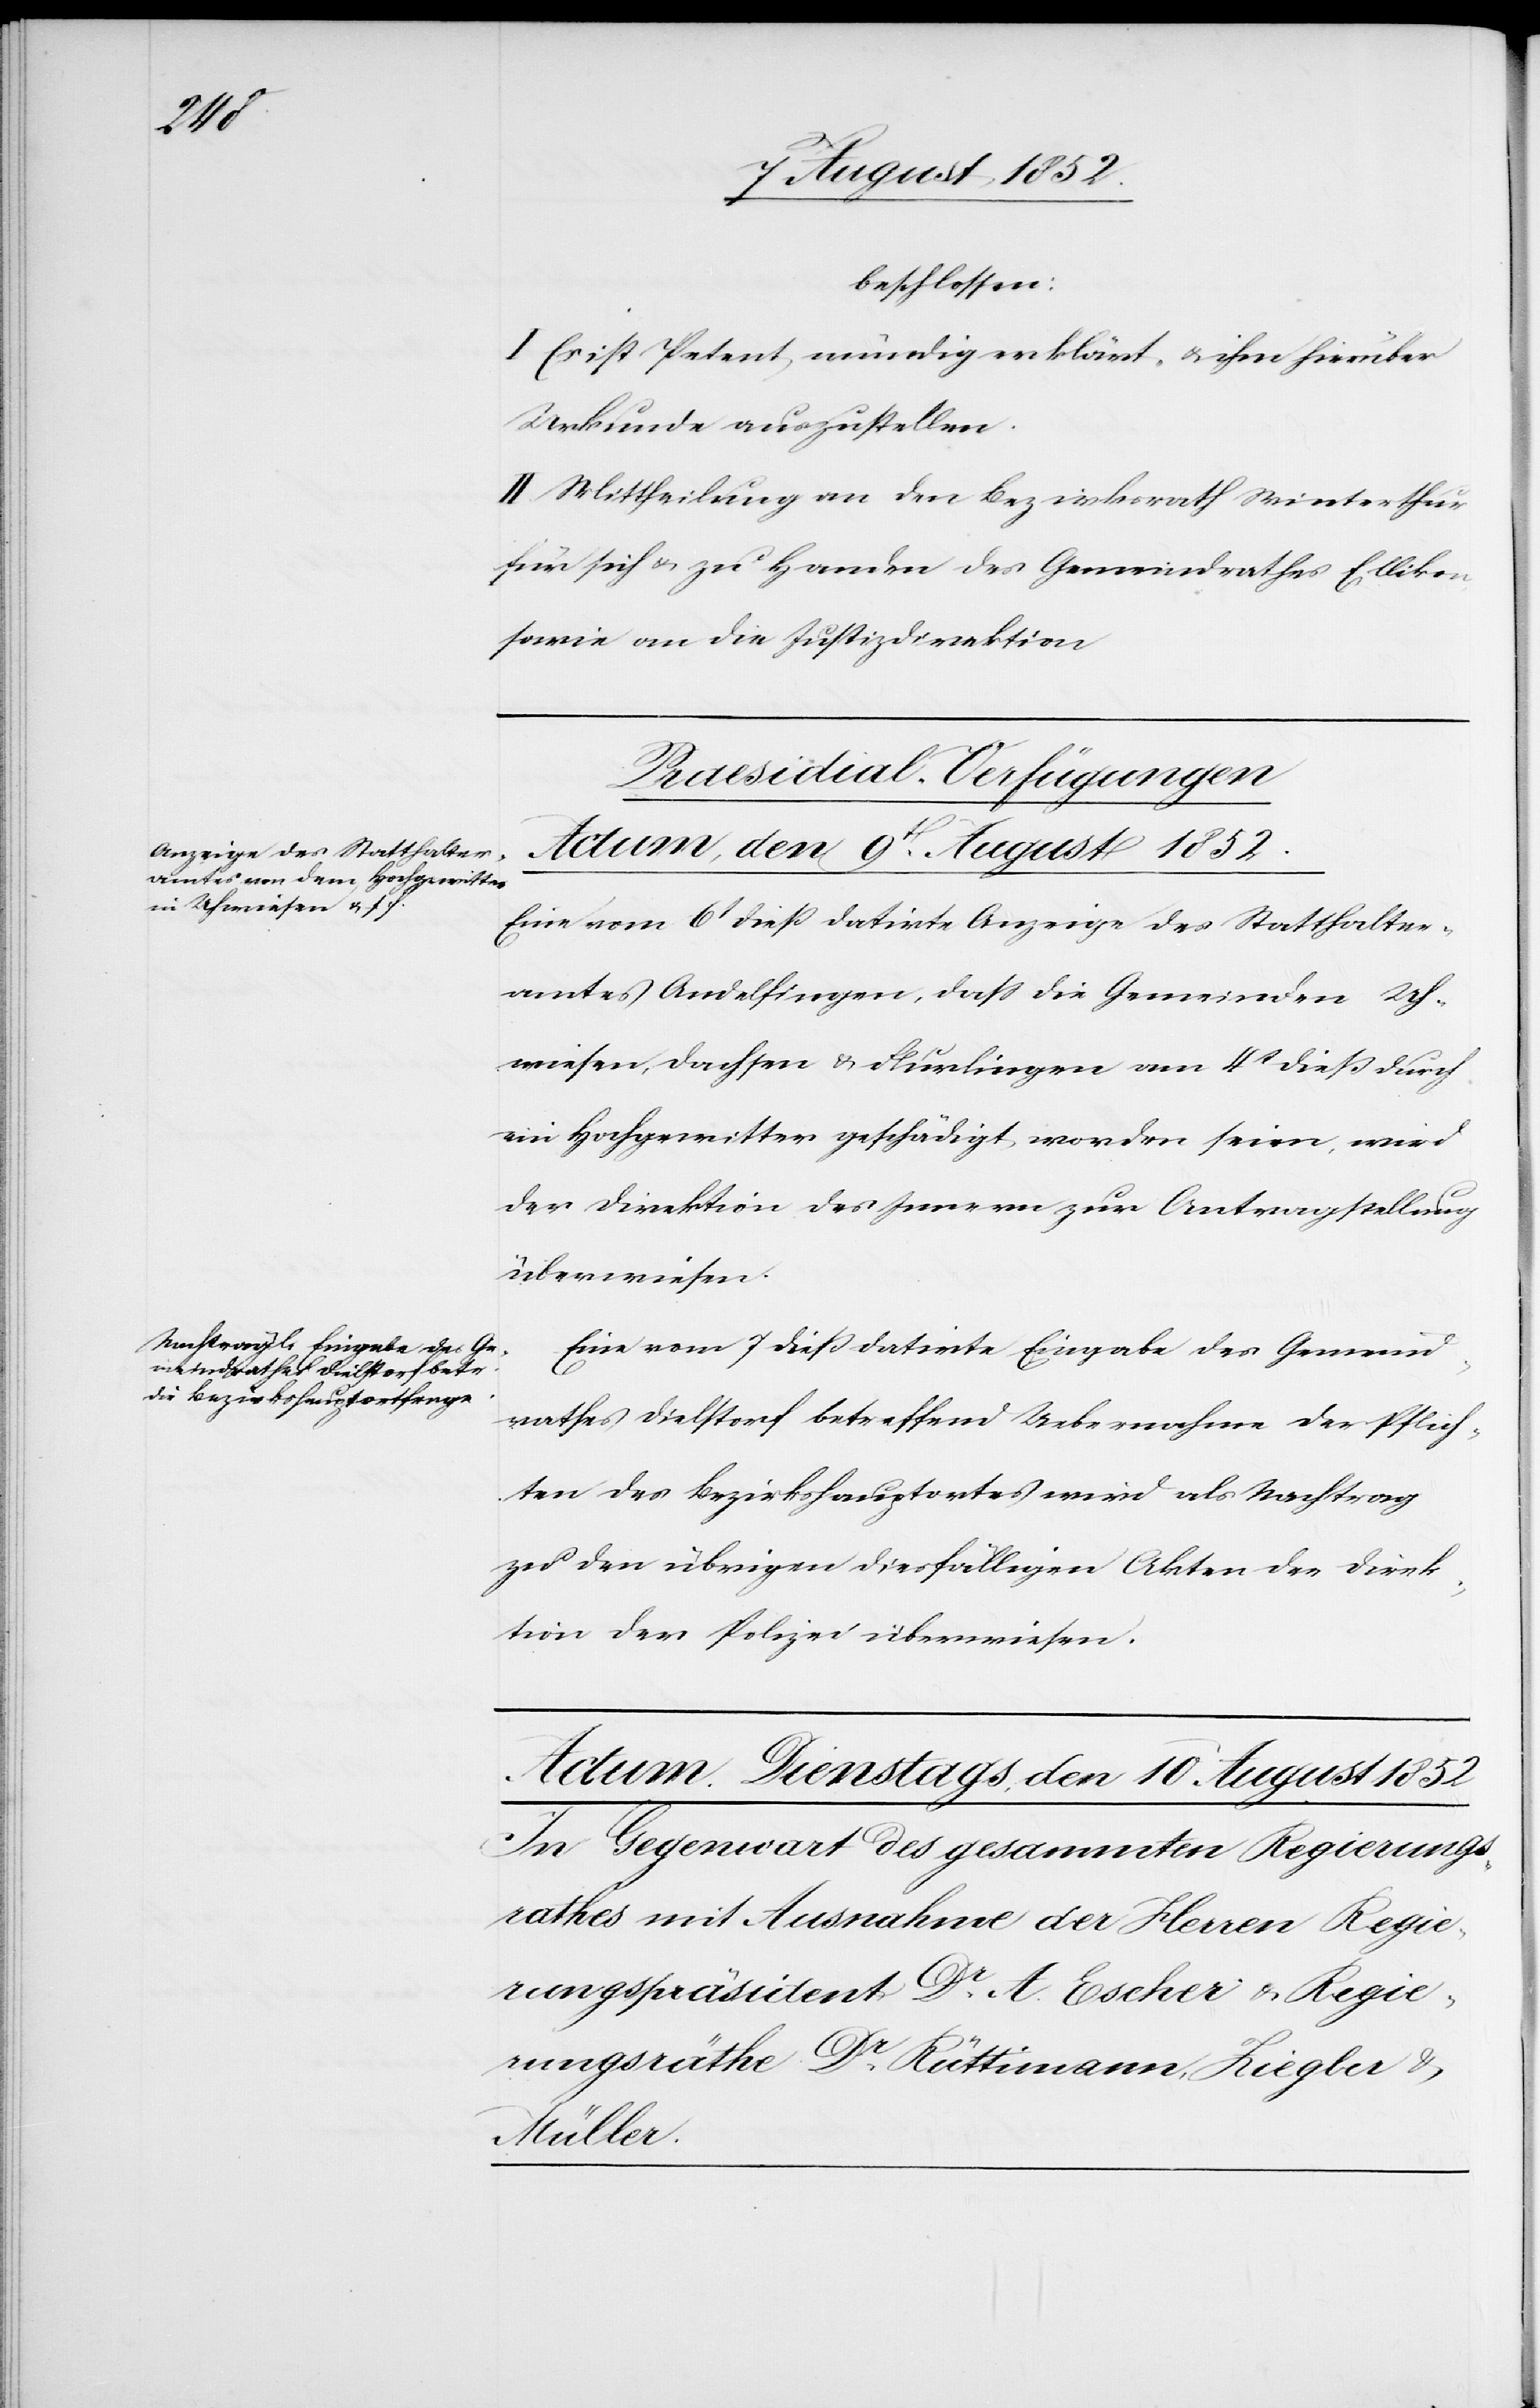
beschlossen:
I Es ist Petent mündig erklärt, & ihm hierüber
Urkunde auszustellen.
II. Mittheilung an den Bezirksrath Winterthur
für sich & zu Handen des Gemeindrathes Ellikon,
sowie an die Justizdirektion[.]
[Praesidial-Verfügungen
Actum, den 9t. August 1852.]
Eine vom 6t dieß datirte Anzeige des Statthalter¬
amtes Andelfingen, dass die Gemeinden Uh¬
wiesen, Dachsen & Flurlingen am 4t dieß durch
ein Hochgewitter geschädigt worden seien, wird
der Direktion des Innern zur Antragstellung
überwiesen.
Eine vom 7 dieß datirte Eingabe des Gemeind¬
rathes Dielstorf betreffend Uebernahme der Pflich¬
ten des Bezirkshauptortes wird als Nachtrag
zu den übrigen diesfälligen Akten der Direk¬
tion der Polizei überwiesen.